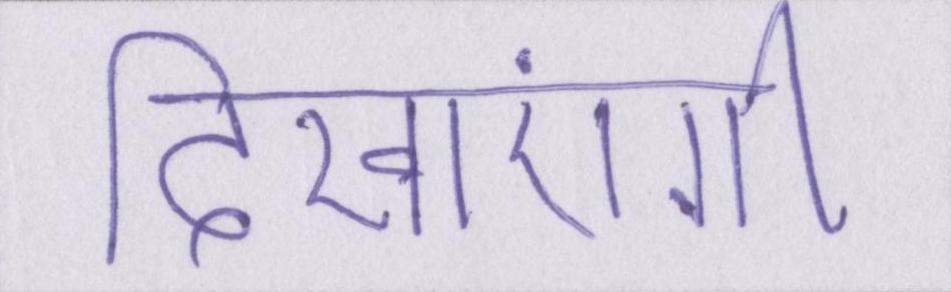
दिखाएंगी